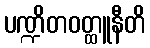
ပဏ္ဍိတဝတ္ထူနီတိ